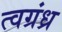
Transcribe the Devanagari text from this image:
त्वग्रंध्र